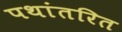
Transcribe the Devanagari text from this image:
पथांतरित